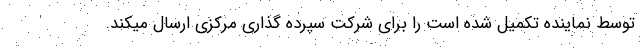
توسط نماینده تکمیل شده است را برای شرکت سپرده گذاری مرکزی ارسال میکند.